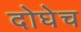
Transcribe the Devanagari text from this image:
दोघेच